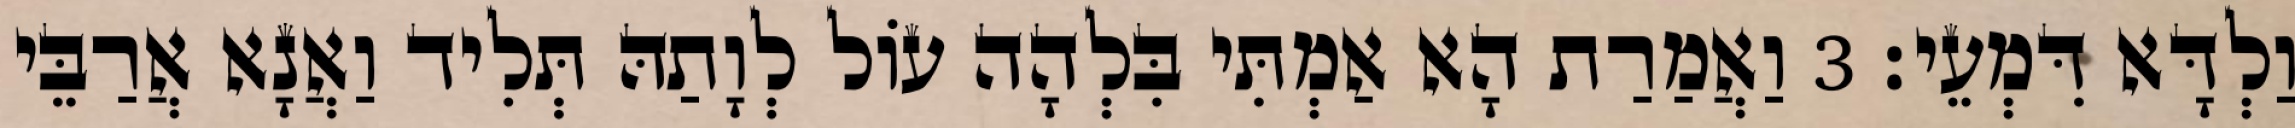
וַלְדָּא דִּמְעֵי׃ 3 וַאֲמַרַת הָא אַמְתִּי בִּלְהָה עוֹל לְוָתַהּ תְּלִיד וַאֲנָא אֲרַבֵּי